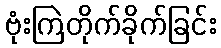
ဗုံးကြဲတိုက်ခိုက်ခြင်း